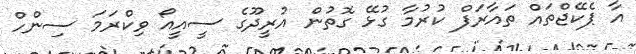
އާ ޕެކޭޖްތައް ތައާރަފް ކުރުމާ ގުޅޭ ގޮތުން އުރީދޫގެ ސީއީއޯ ވިކްރަމަ ސިންހް